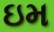
ઇમ